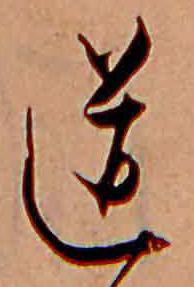
道